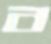
ব